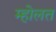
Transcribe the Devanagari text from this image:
म्होलत